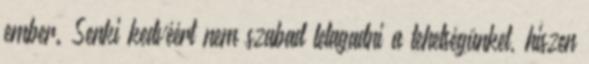
ember. Senki kedvéért nem szabad letagadni a tehetségünket, hiszen